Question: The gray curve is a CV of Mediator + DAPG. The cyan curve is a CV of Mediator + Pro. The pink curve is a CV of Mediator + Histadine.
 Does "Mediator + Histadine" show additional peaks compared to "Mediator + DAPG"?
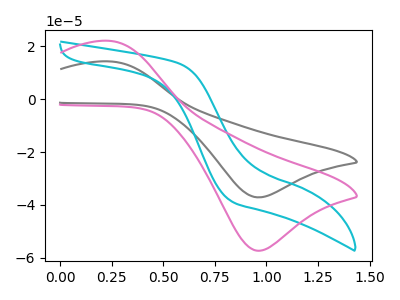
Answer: <think>The gray curve "Mediator + DAPG" has an anodic peak at (0.25V, 14.25uA) and a cathodic peak at (0.95V, -37.10uA). The cyan curve "Mediator + Pro" has no peaks. The pink curve "Mediator + Histadine" has an anodic peak at (0.25V, 22.00uA) and a cathodic peak at (0.95V, -57.30uA).
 All the peaks in "Mediator + Histadine" have a peak in "Mediator + DAPG" at the same potential. Every peak in "Mediator + Histadine" is higher than every peak in "Mediator + DAPG".</think>
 <answer>No, "Mediator + Histadine" and "Mediator + DAPG" don't appear to be significantly different in shape</answer>
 <eval>no_change</eval>